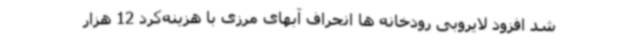
شد افزود لایروبی رودخانه ها انحراف آبهای مرزی با هزینه‌کرد 12 هزار